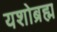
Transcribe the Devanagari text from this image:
यशोब्रह्म